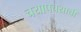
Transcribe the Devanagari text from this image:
चयापचयाची